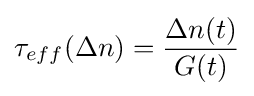
\tau _{eff}(\Delta n)={\frac {\Delta n(t)}{G(t)}}